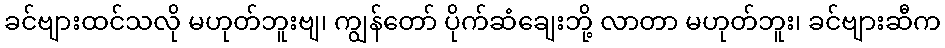
ခင်ဗျားထင်သလို မဟုတ်ဘူးဗျ၊ ကျွန်တော် ပိုက်ဆံချေးဘို့ လာတာ မဟုတ်ဘူး၊ ခင်ဗျားဆီက